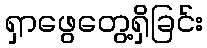
ရှာဖွေတွေ့ရှိခြင်း